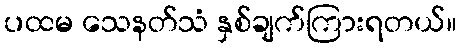
ပထမ သေနတ်သံ နှစ်ချက်ကြားရတယ်။